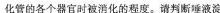
化管的各个器官时被消化的程度。请判断唾液淀